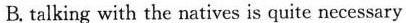
B. talking with the natives is quite necessary